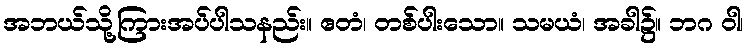
အဘယ်သို့ကြားအပ်ပါသနည်း။ ဧတံ၊ တစ်ပါးသော။ သမယံ၊ အခါ၌။ ဘဂ ဝါ၊